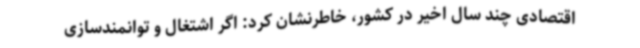
اقتصادی چند سال اخیر در کشور، خاطرنشان کرد: اگر اشتغال و توانمندسازی